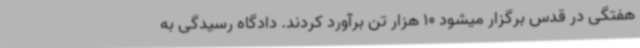
هفتگی در قدس برگزار میشود 10 هزار تن برآورد کردند. دادگاه رسیدگی به